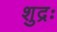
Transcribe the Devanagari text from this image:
शुद्रः